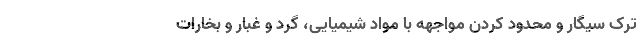
ترک سیگار و محدود کردن مواجهه با مواد شیمیایی، گرد و غبار و بخارات